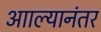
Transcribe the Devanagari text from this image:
आाल्यानंतर